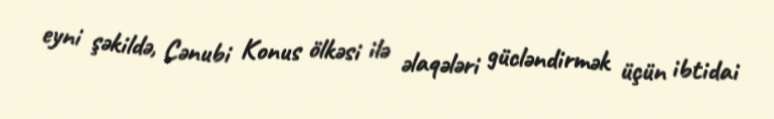
eyni şəkildə, Cənubi Konus ölkəsi ilə əlaqələri gücləndirmək üçün ibtidai